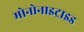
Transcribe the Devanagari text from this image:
मोनोनाइट्राइड